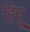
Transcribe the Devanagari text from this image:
हित्तू